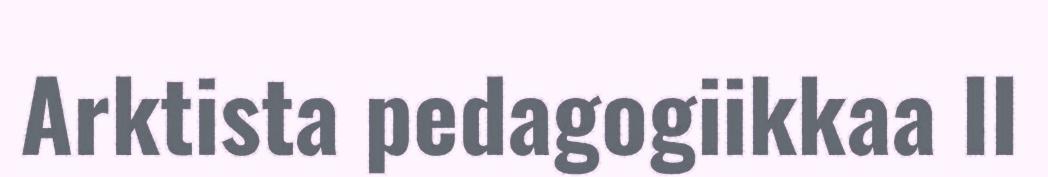
Arktista pedagogiikkaa II